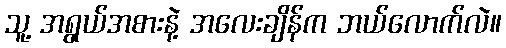
သူ့ အရွယ်အစားနဲ့ အလေးချိန်က ဘယ်လောက်လဲ။